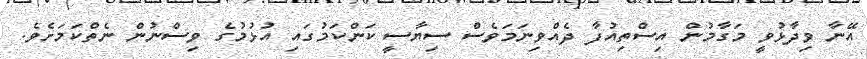
އޭނާ ވިދާޅުވީ މަގާމުން އިސްތިއުފާ ދެއްވިނަމަވެސް ސިޔާސީ ކަންކަމުގައި އުޅުމުގެ ވިސްނުން ނެތްކަމަށެވެ.